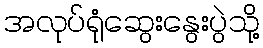
အလုပ်ရုံဆွေးနွေးပွဲသို့